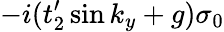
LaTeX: -i(t_{2}^{\prime}\sin k_{y}+g)\sigma_{0}